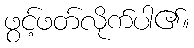
ဖွင့်ဖတ်လိုက်ပါ၏။